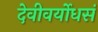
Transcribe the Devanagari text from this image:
देवीवर्योधसं